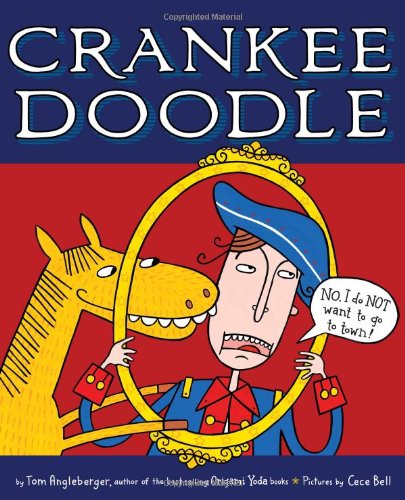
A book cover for Crankee Doodle; Tom Angleberger; Children's Books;